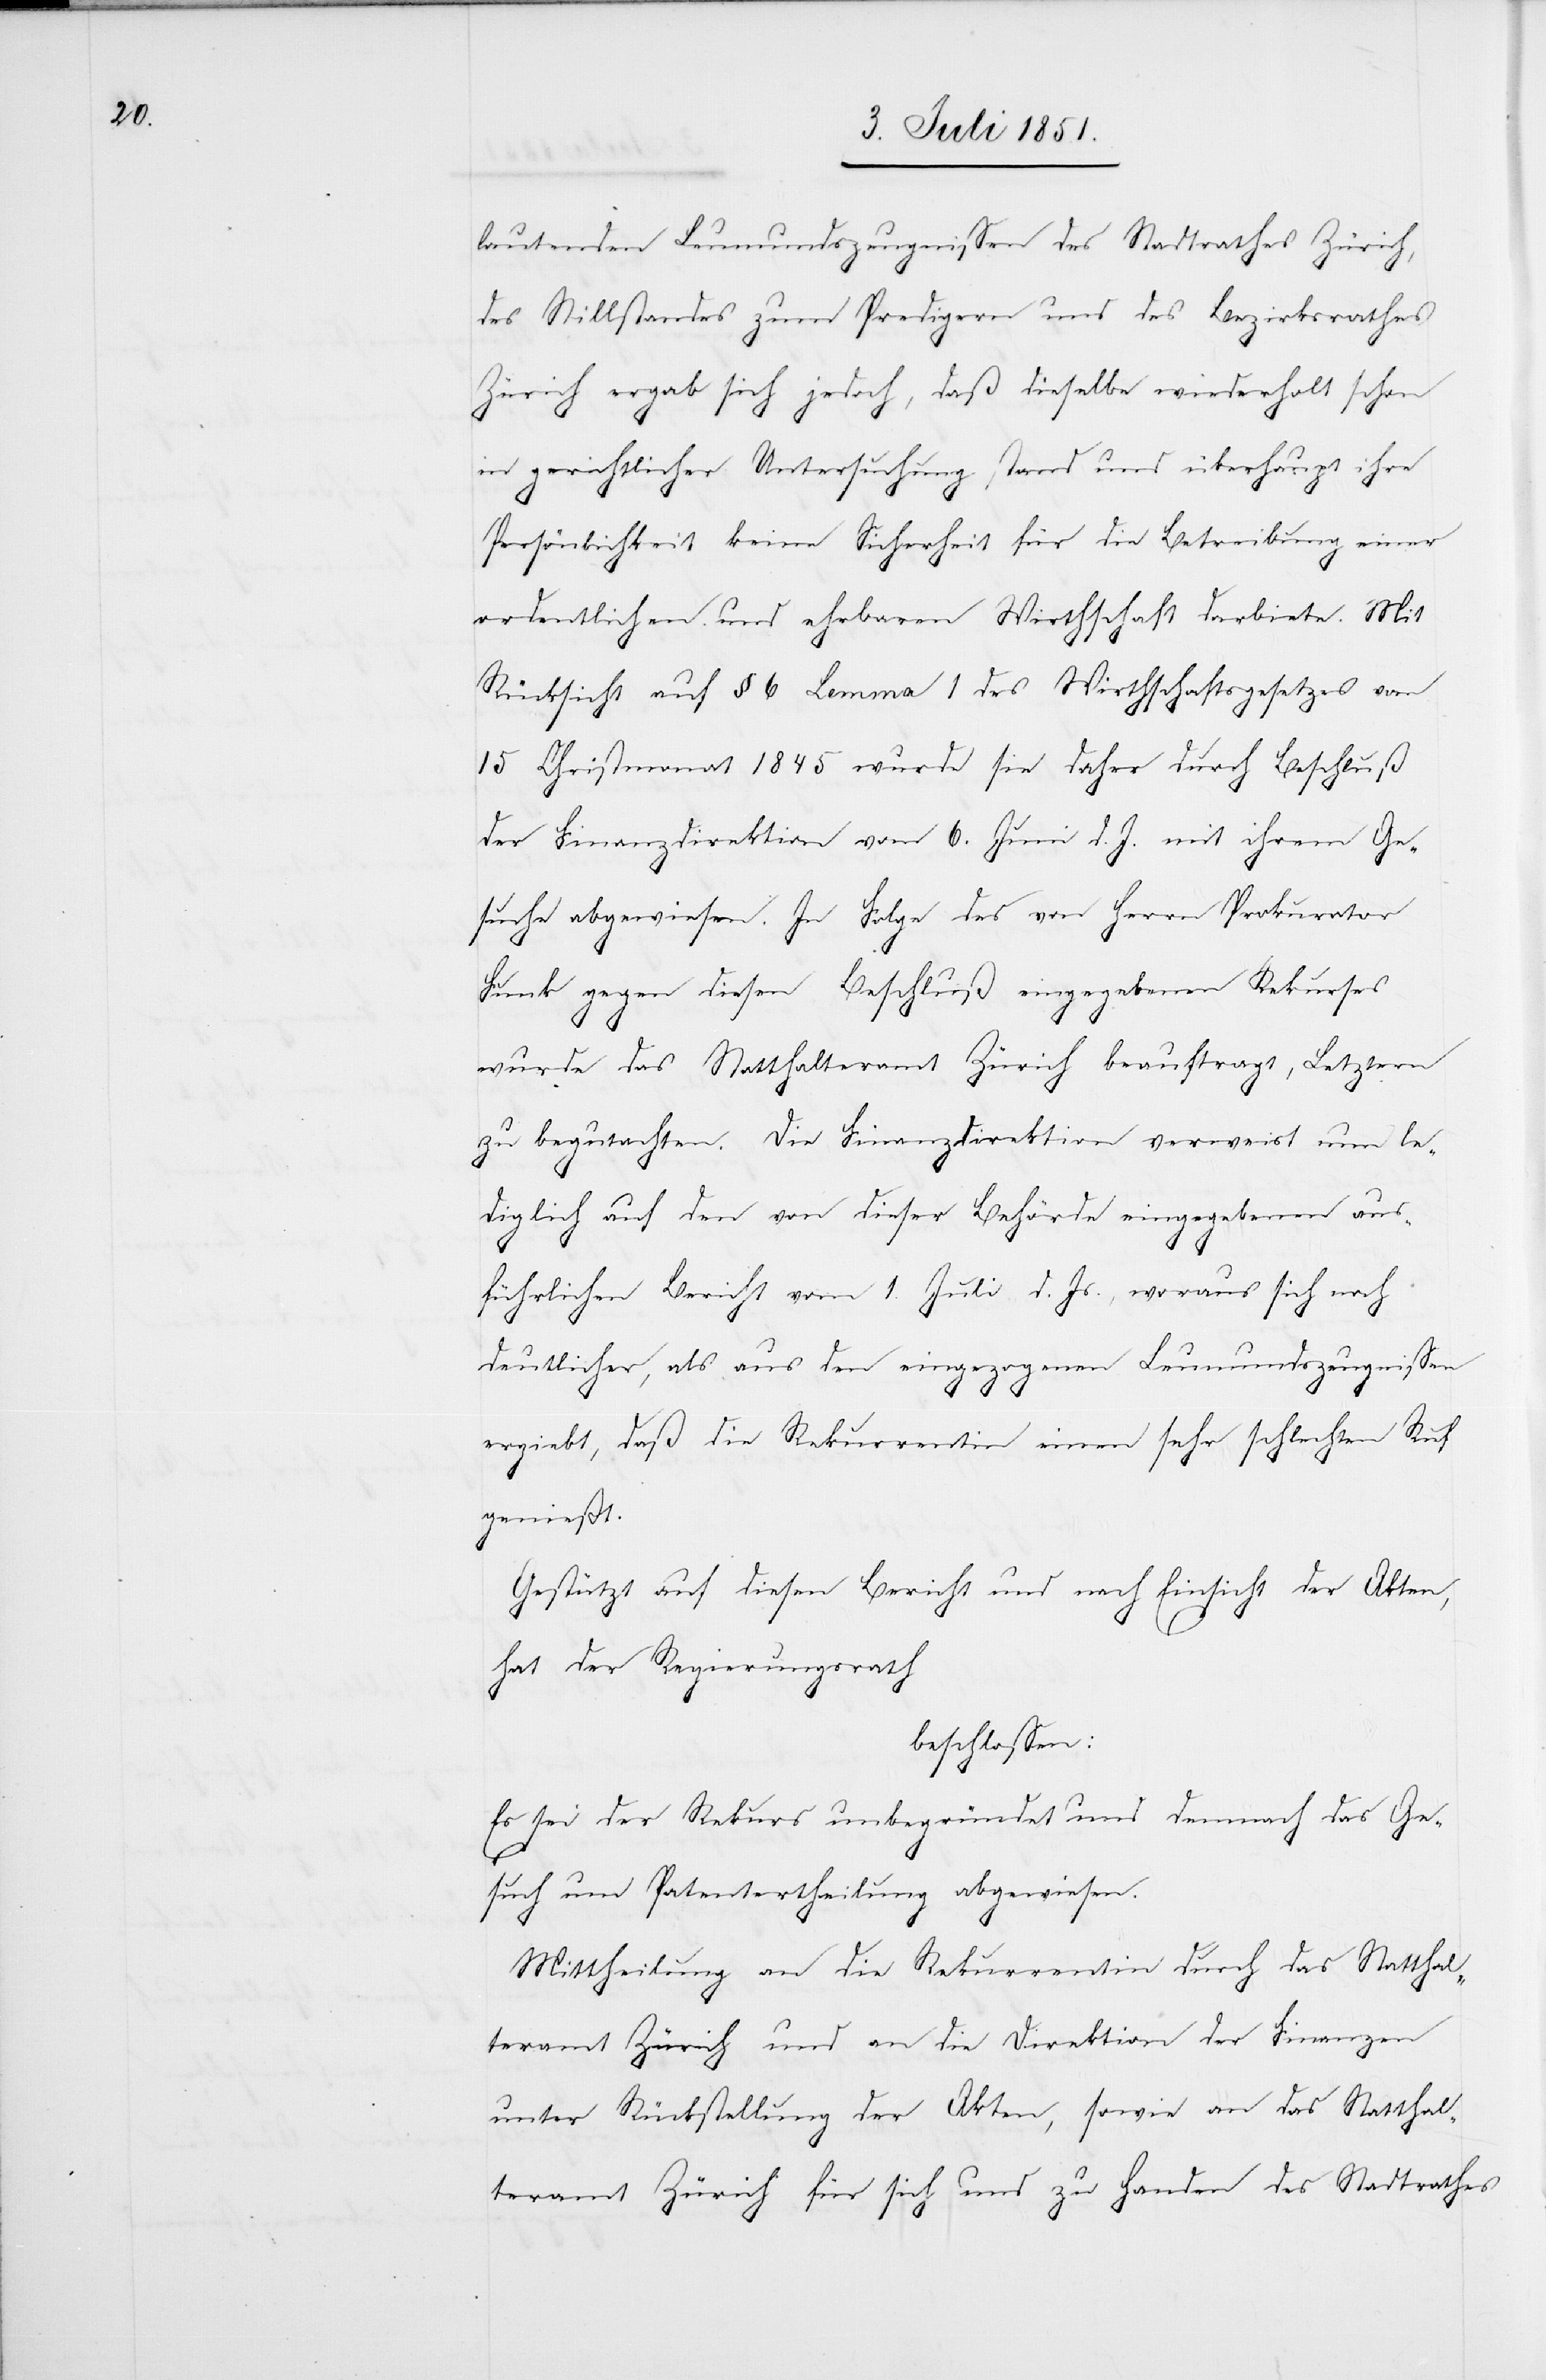
lautenden Leumundszeugnissen des Stadtrathes Zürich,
des Stillstandes zum Predigern und des Bezirksrathes
Zürich ergab sich jedoch, daß dieselbe wiederholt schon
in gerichtlicher Untersuchung stand und überhaupt ihre
Persönlichkeit keine Sicherheit für die Betreibung einer
ordentlichen und ehrbaren Wirthschaft darbiete. Mit
Rücksicht auf § 6 Lemma 1 des Wirthschaftsgesetzes vom
15 Christmonat 1845 wurde sie daher durch Beschluß
der Finanzdirektion vom 6. Juni d. J. mit ihrem Ge¬
suche abgewiesen. In Folge des von Herrn Prokurator
Funk gegen diesen Beschluß eingegebenen Rekurses
wurde das Statthalteramt Zürich beauftragt, Letztern
zu begutachten. Die Finanzdirektion verweist nun le¬
diglich auf den von dieser Behörde eingegebenen aus¬
führlichen Bericht vom 1. Juli d. Js., woraus sich noch
deutlicher, als aus den eingezogenen Leumundszeugnissen
ergiebt, daß die Rekurrentin einen sehr schlechten Ruf
genießt.
Gestützt auf diesen Bericht und nach Einsicht der Akten,
hat der Regierungsrath
beschlossen:
Es sei der Rekurs unbegründet und demnach das Ge¬
such um Patentertheilung abgewiesen.
Mittheilung an die Rekurrentin durch das Statthal¬
teramt Zürich und an die Direktion der Finanzen
unter Rückstellung der Akten, sowie an das Statthal¬
teramt Zürich für sich und zu Handen des Stadtrathes